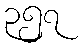
၃၅၇